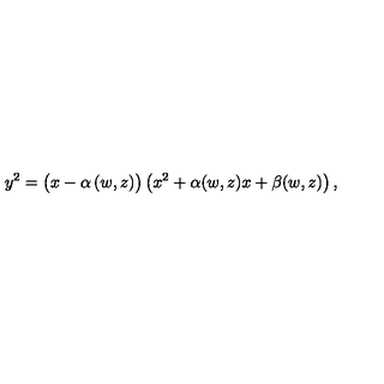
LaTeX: y ^ { 2 } = \left( x \vphantom { x ^ { 2 } } - \alpha \left( w , z \right) \right) \left( x ^ { 2 } + \alpha ( w , z ) x + \beta ( w , z ) \right) ,